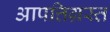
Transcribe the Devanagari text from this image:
आपत्तिग्रस्त